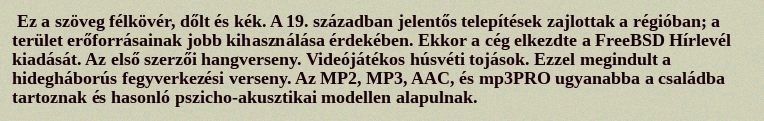
Ez a szöveg félkövér, dőlt és kék. A 19. században jelentős telepítések zajlottak a régióban; a terület erőforrásainak jobb kihasználása érdekében. Ekkor a cég elkezdte a FreeBSD Hírlevél kiadását. Az első szerzői hangverseny. Videójátékos húsvéti tojások. Ezzel megindult a hidegháborús fegyverkezési verseny. Az MP2, MP3, AAC, és mp3PRO ugyanabba a családba tartoznak és hasonló pszicho-akusztikai modellen alapulnak.